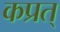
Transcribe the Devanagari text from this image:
कप्रत्